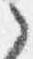
之